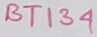
Text: BT134